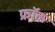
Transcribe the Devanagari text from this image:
फ्राॅक